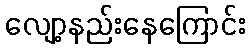
လျော့နည်းနေကြောင်း